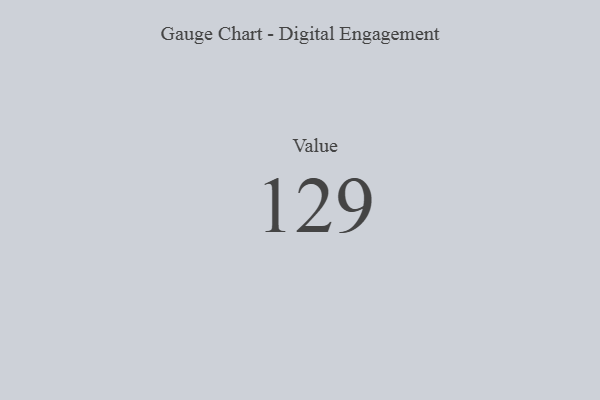
{"axis": {"x": "Metric", "y": "Value"}, "legend": [""], "data": [{"x": "Value", "y": 129, "type": ""}]}